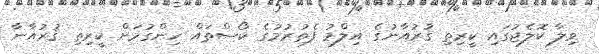
ވިލާ ކޮލެޖުގައި ކީރިތި ޤުރުއާނުގެ އިލްމު ފެތުރުމުގެ ކޯސްތައް ހިންގުމަށް ކީރިތި ޤުރުއާނާ